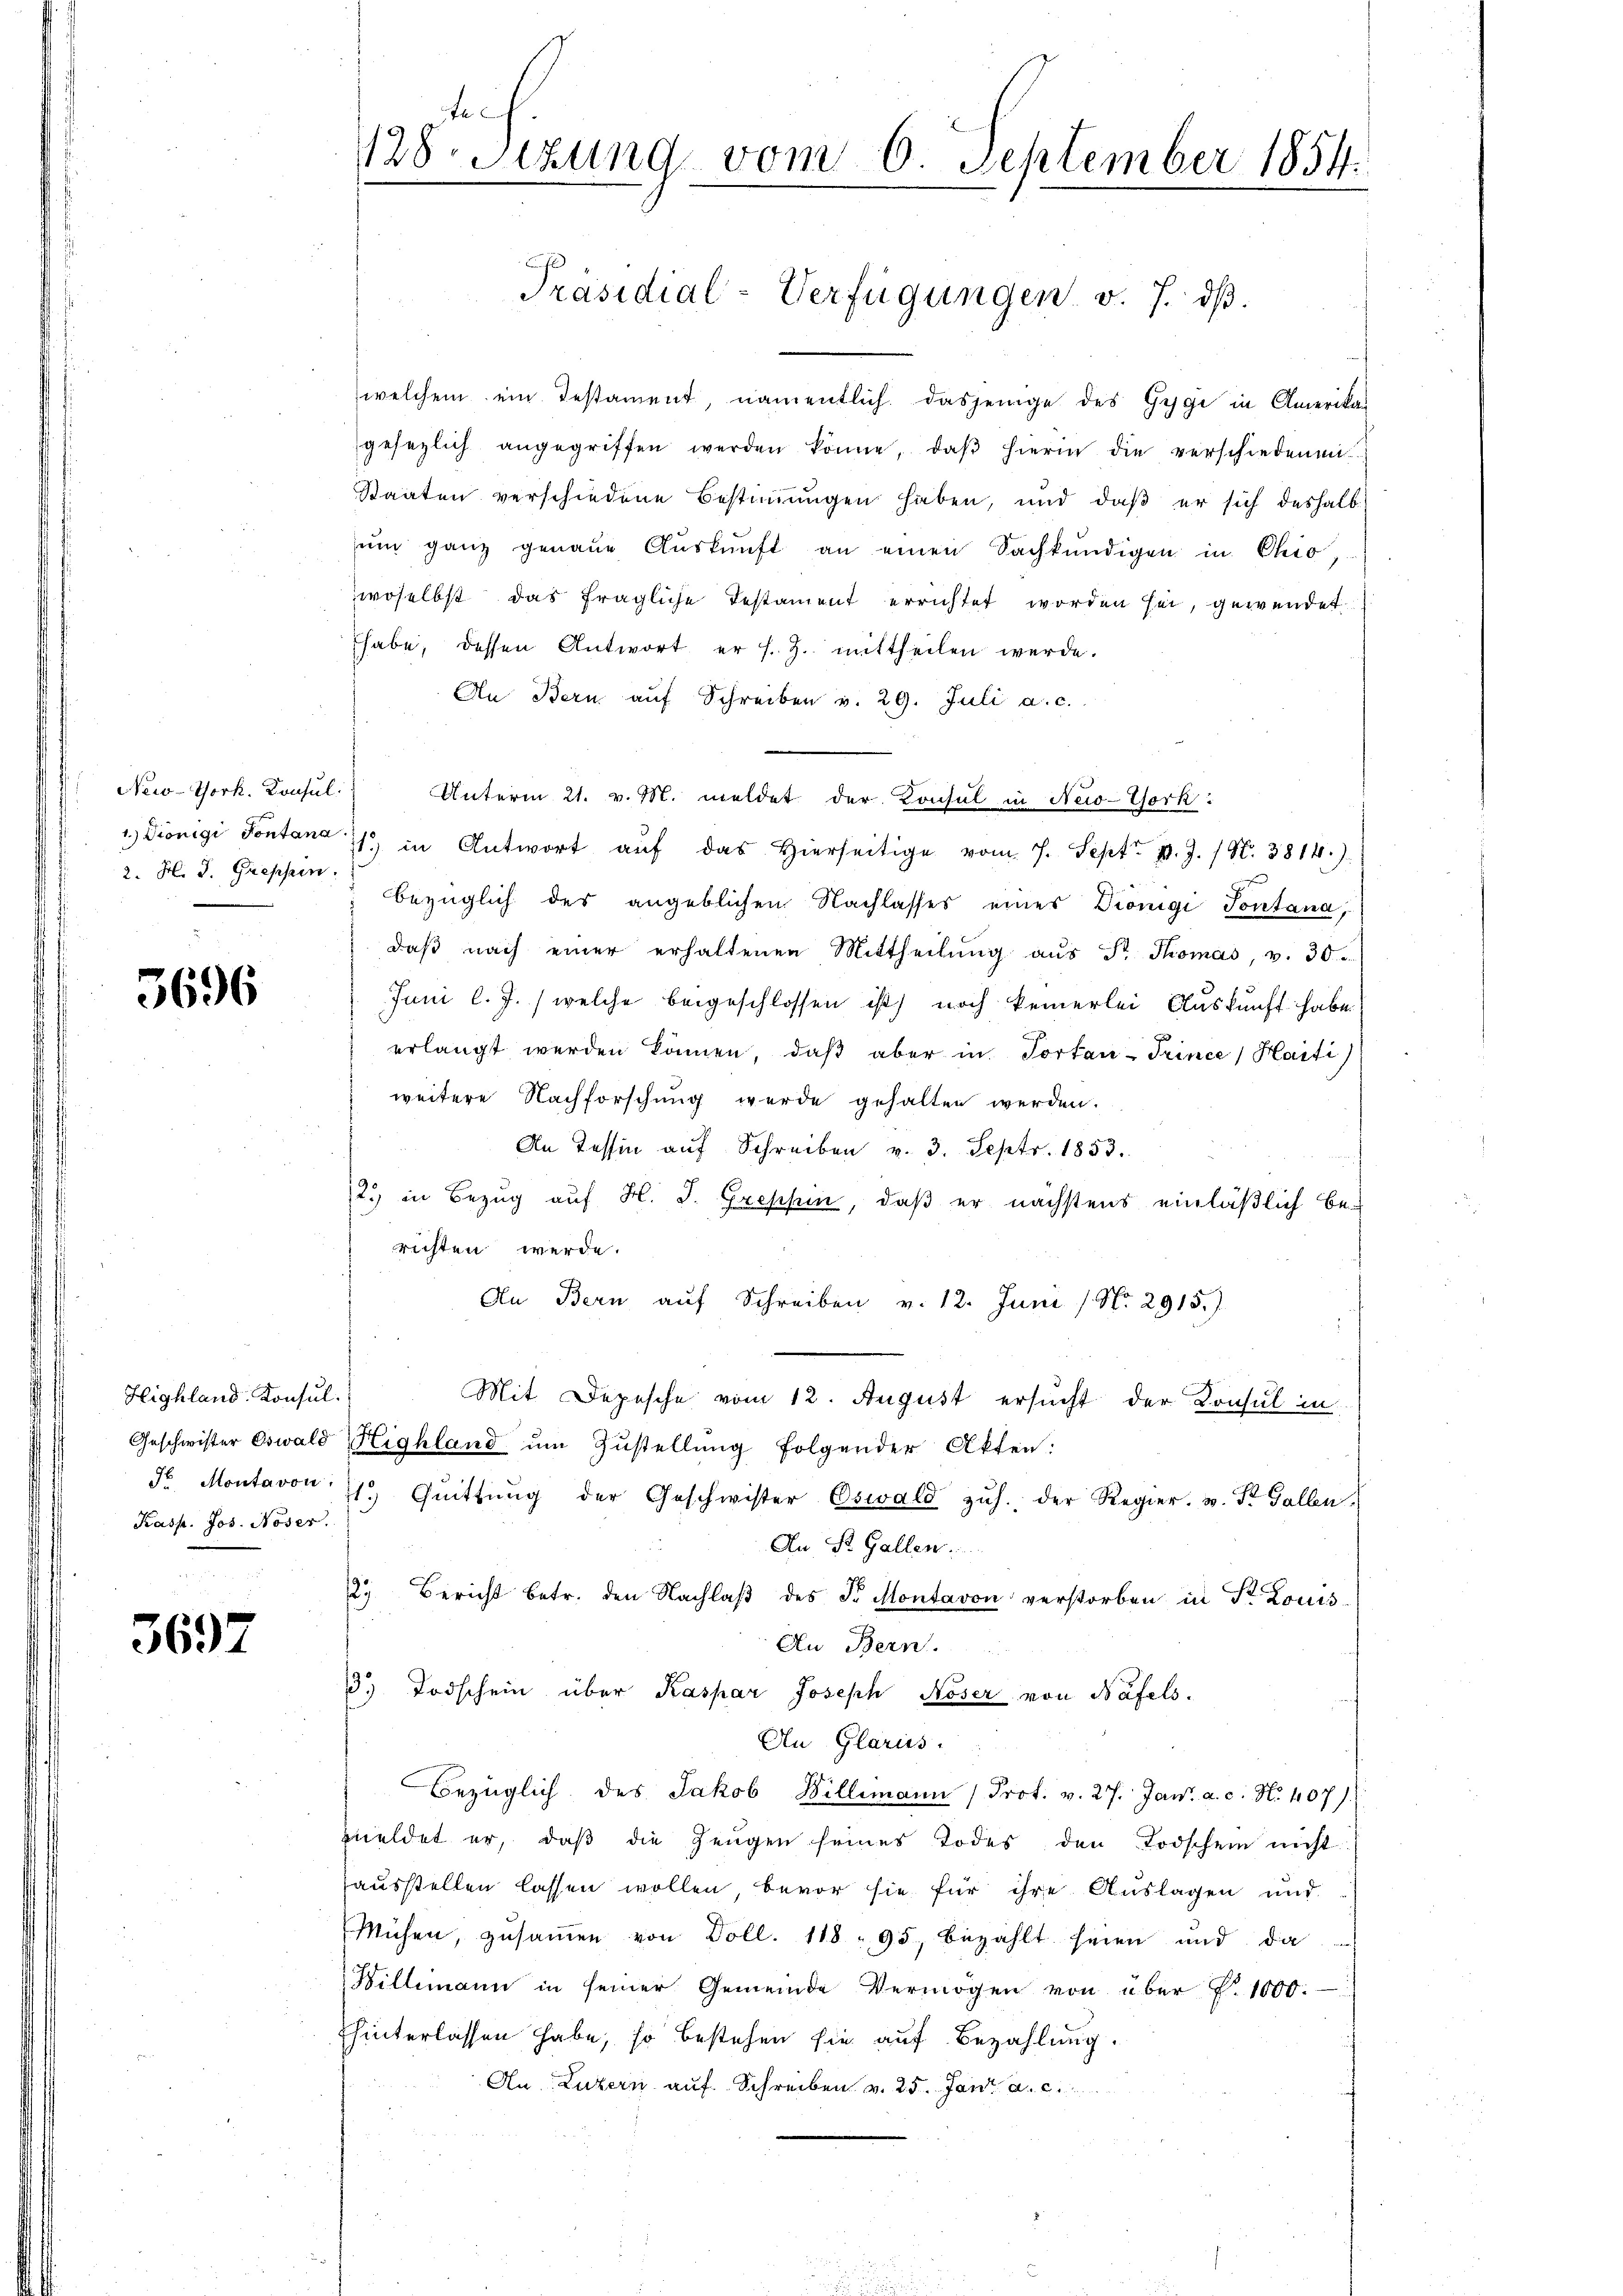
New-York. Konsul
2. H. J. Greppen.

3696

Highland Konsul
Kasp. Jos. Nöser.

3697

128. Sitzung vom 6. September 1854.
.
Präsidial-Verfügungen v. J. dß.

welchem ein Testament, namentlich dasjenige des Gygi in Amerika-
gesezlich angegriffen werden könne, daβ hierin die verschiedenen
Staaten verschiedene Bestimmungen haben, und daß er sich deshalb
ŭm ganz genaue Aŭskŭnft an einen Sachkŭndigen in Chio,
woselbst das fragliche Testament errichtet worden sei, gewendet
habe, dessen Antwort er s. Z. mittheilen werde.
An Bern aŭf Schreiben v. 29. Juli a. c.
Unterm 21. v. M. meldet der Konsul in New-York:
1.) Diönigi Sontana 11 in Antwort aŭf das hierseitige vom 7. Sept. p. J. / N. 3814.)
bezüglich des angeblichen Nachlasses eines Dionigi Pontana,
daß nach einer erhaltenen Mittheilung aus Dr. Thomas, v. 30.
Juni l. J.) welche beigeschlossen ist) noch keinerlei Auskunft habe.
erlangt werden können, daß aber in Portan-Trince, Harti
weitere Nachforschung werde gehalten werden.
An Tessin aŭf Schreiben v. 3. Sept. 1853.
2. in Bezug auf H. J. Groschein, daß er nächstens einläßlich be-
richten werde.
An Bern auf Schreiben v. 12. Juni / No. 2915.)
Mit Depesche vom 12. August ersucht der Konsul in
Geschwister Oswald Highland ŭm Zŭstellŭng folgender Akten:
F. Montavon 11 Qŭittŭng der Geschwister Oswald zŭh. der Regier. u. St. Gallen,
An St. Gallen.
2. Bericht betr. den Nachlaβ des Fr. Montavon verstorben in Dr. Louis
An Bern.
3.) Todschein über Kaspar Joseph Koser von Bafels.
An Glarus.
Bezüglich des Jakob Willemann Prot. v. 27. Jan. a. c. N. 407).
meldet er, daß die Zeugen seines Todes den Todschein nicht
ausstellen lassen wollen, bevor sie für ihre Auslagen und
Mühen, zusammen von Doll. 118 - 95, bezahlt seien und da
Billimann in seiner Gemeinde Vermögen von über P. 1000.
hinterlassen habe, so bestehen sie auf Bezahlung.
An Luzern auf Schreiben v. 25. Jan. a. c.